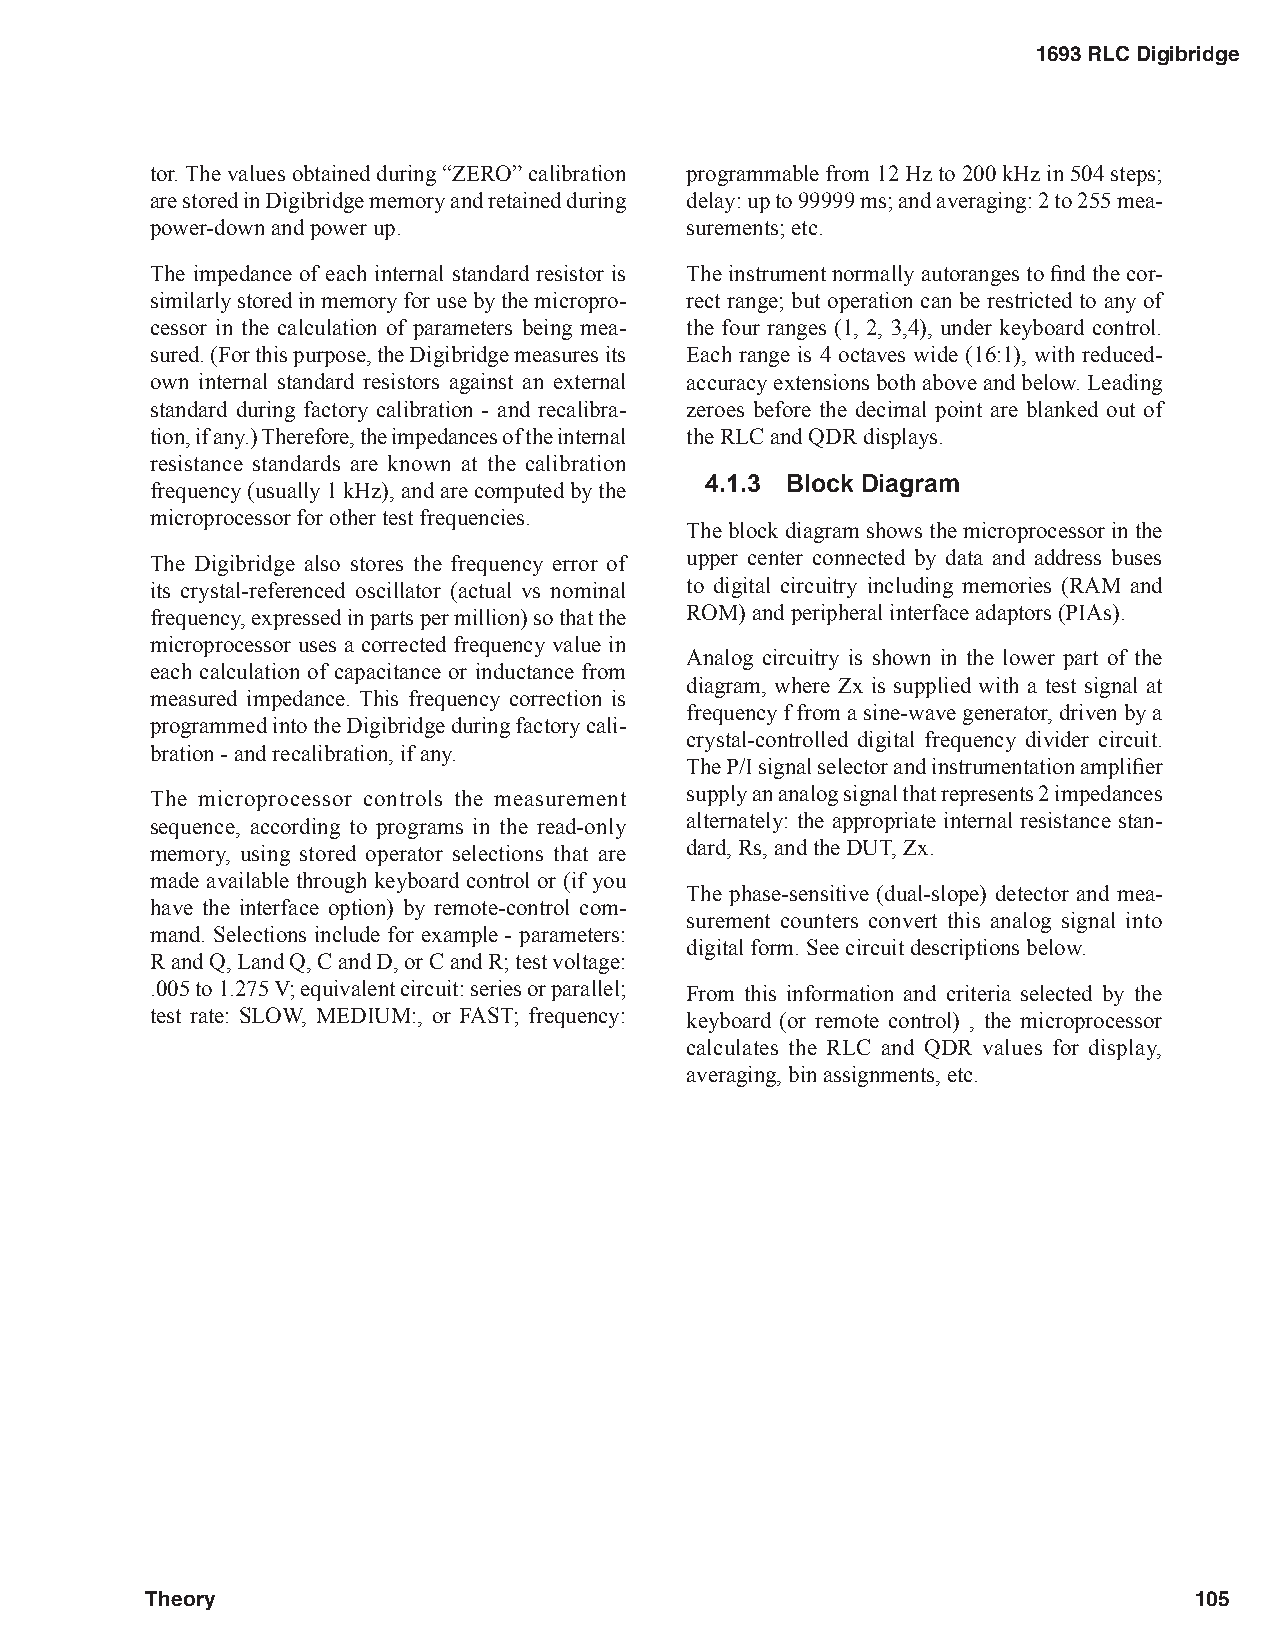
1693 RLC Digibridge
 tor. The values obtained during “ZERO” calibration programmable from 12 Hz to 200 kHz in 504 steps;
 are stored in Digibridge memory and retained during delay: up to 99999 ms; and averaging: 2 to 255 mea-
 power-down and power up.           surements; etc.
 The impedance of each internal standard resistor is The instrument normally autoranges to find the cor-
 similarly stored in memory for use by the micropro- rect range; but operation can be restricted to any of
 cessor in the calculation of parameters being mea- the four ranges (1, 2, 3,4), under keyboard control.
 sured. (For this purpose, the Digibridge measures its Each range is 4 octaves wide (16:1), with reduced-
 own internal standard resistors against an external accuracy extensions both above and below. Leading
 standard during factory calibration - and recalibra- zeroes before the decimal point are blanked out of
 tion, if any.) Therefore, the impedances of the internal the RLC and QDR displays.
 resistance standards are known at the calibration
 frequency (usually 1 kHz), and are computed by the 4.1.3 Block Diagram
 microprocessor for other test frequencies.
 The block diagram shows the microprocessor in the
 The Digibridge also stores the frequency error of upper center connected by data and address buses
 its crystal-referenced oscillator (actual vs nominal to digital circuitry including memories (RAM and
 frequency, expressed in parts per million) so that the ROM) and peripheral interface adaptors (PIAs).
 microprocessor uses a corrected frequency value in
 Analog circuitry is shown in the lower part of the
 each calculation of capacitance or inductance from
 diagram, where Zx is supplied with a test signal at
 measured impedance. This frequency correction is
 frequency f from a sine-wave generator, driven by a
 programmed into the Digibridge during factory cali-
 crystal-controlled digital frequency divider circuit.
 bration - and recalibration, if any.
 The P/I signal selector and instrumentation amplifier
 The microprocessor controls the measurement supply an analog signal that represents 2 impedances
 sequence, according to programs in the read-only alternately: the appropriate internal resistance stan-
 memory, using stored operator selections that are dard, Rs, and the DUT, Zx.
 made available through keyboard control or (if you
 The phase-sensitive (dual-slope) detector and mea-
 have the interface option) by remote-control com-
 surement counters convert this analog signal into
 mand. Selections include for example - parameters:
 digital form. See circuit descriptions below.
 R and Q, Land Q, C and D, or C and R; test voltage:
 .005 to 1.275 V; equivalent circuit: series or parallel; From this information and criteria selected by the
 test rate: SLOW, MEDIUM:, or FAST; frequency: keyboard (or remote control) , the microprocessor
 calculates the RLC and QDR values for display,
 averaging, bin assignments, etc.
 Theory                                                               105